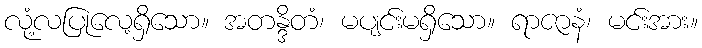
လုံ့လပြုလေ့ရှိသော။ အတန္ဒိတံ၊ မပျင်းမရှိသော။ ရာဇာနံ၊ မင်းအား။